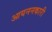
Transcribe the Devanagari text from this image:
आयननकारी